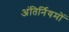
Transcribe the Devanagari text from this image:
अंतिर्नियमों